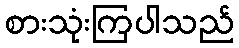
စားသုံးကြပါသည်